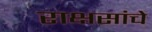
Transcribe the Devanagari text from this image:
राक्षसांचे